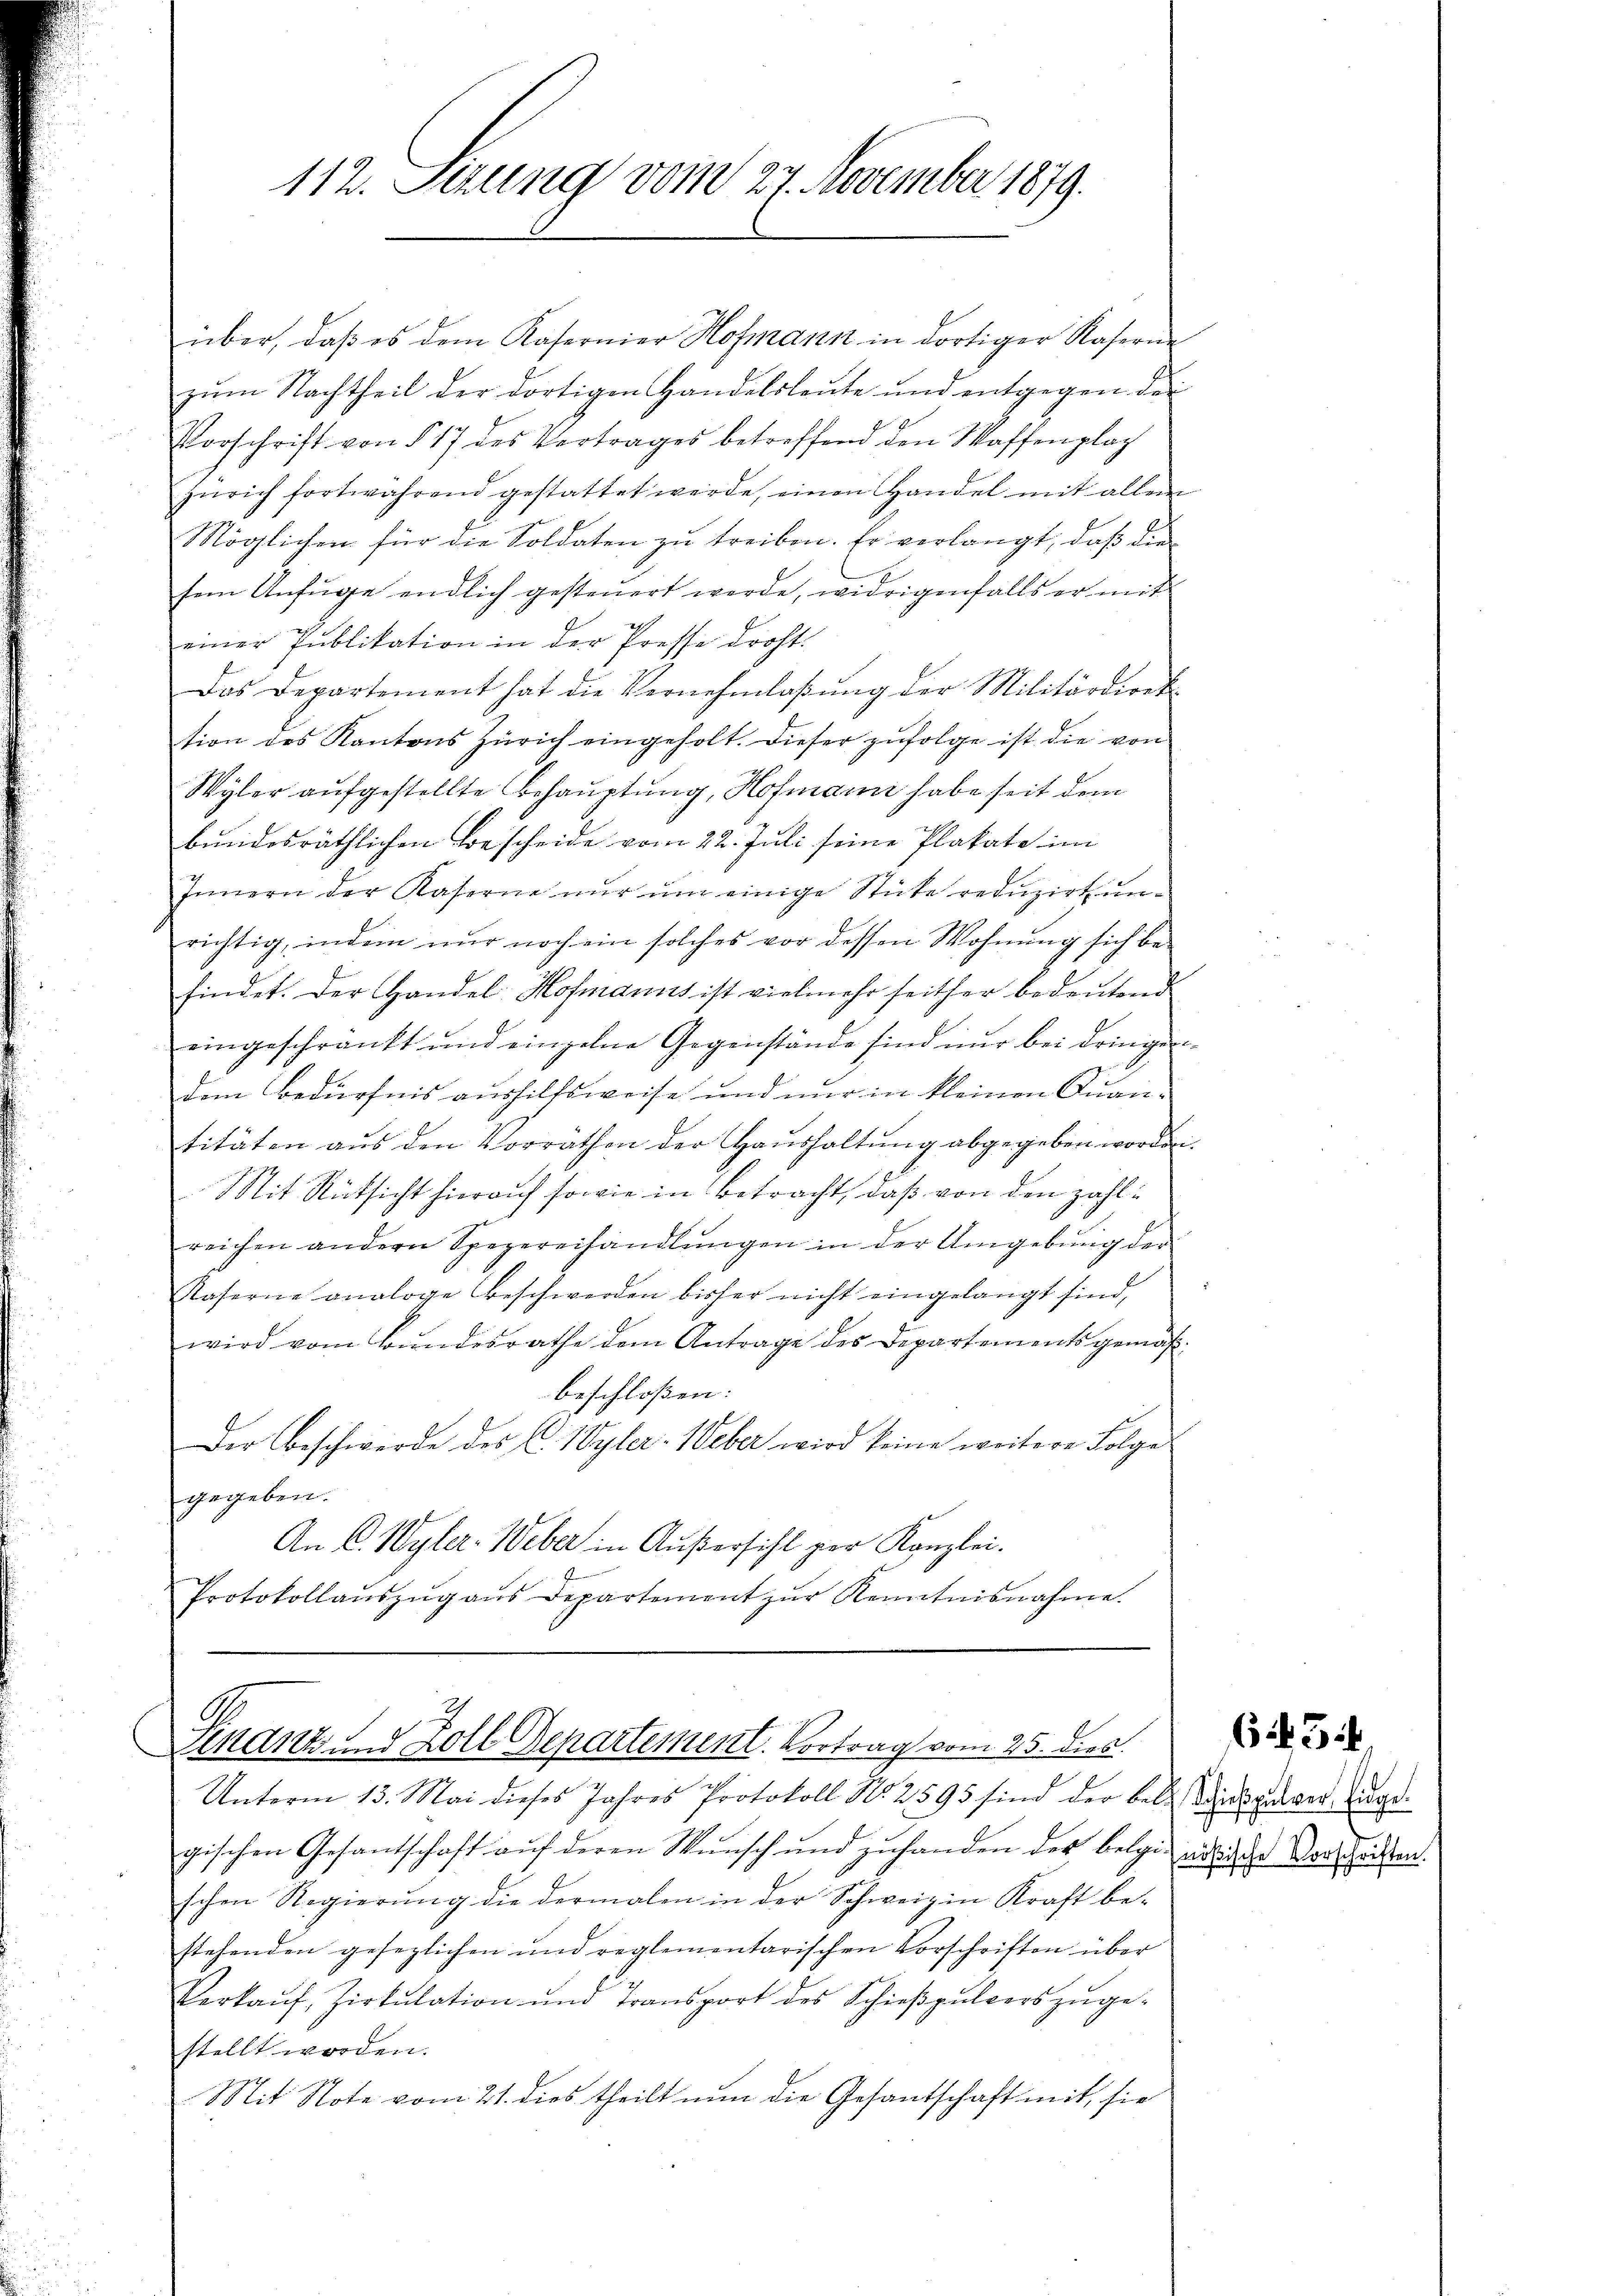
112. Sizung vom 27. November 1879.

über, daβ es dem Kaserner Hofmann in dortiger Kaserne
zŭm Nachtheil der dortigen Handelsleute und entgegen der
Vorschrift von § 17 des Vertrages betreffend den Waffenplaz
Zürich fortwährend gestattet werde, einen Handel mit allem
Möglichen für die Soldaten zŭ treiben. Er verlangt, daß die
sem Anfüge endlich gesteŭert werde, widrigenfalls er mit
einer Publikation in der Presse droht.
Das Departement hat die Vernehmlassung der Militärdiret
sion des Kantons Zürich eingeholt. Dieser zŭfolge ist die von
Wyler aufgestellte Behauptung, Hofmanni habe seit dem
bundesräthlichen Bescheide vom 22. Juli seine Plakate im
Innern der Kaserne nŭr ŭm einige Stücke redŭzirt ŭn-
richtig, indem nur noch ein solches vor dessen Wohnung sich be-
findet. Der Handel Hofmanns ist vielmehr seither bedeutend
eingeschränkt und einzelne Gegenstände sind nur bei dringen-
dem Bedürfnis aushilfsweise und nur in kleinen Quan-
titäten aus den Vorräthen der Haushaltung abgegeben worden.
Mit Rücksicht hierauf sowie in Betracht, daß von den zahlreichen andern Spezereihandlŭngen in der Umgebŭng der
Kaserne analoge Beschwerden bisher nicht eingelangt sind,
wird vom Bundesrathe dem Antrage des Departements gemäßbeschloßen:
Der Beschwerde des C. Wyler-Weber wird keine weitere Folge
gegeben.
An C. Wyler. Weber in Außersicht vor Kanzlei.
Protokollaŭszŭg aŭs Departement zŭr Kenntnisnahme.

Sinanz und Zoll Departement. Vortrag vom 25. dies

Unterm 13. Mai dieses Jahres Protokoll No 2595 sind der bele Wieckpulver zugegischen Gesantschaft aŭf deren Wunsch und zuhanden des belgie eidliche Vorschriften.
schen Regierŭng die dermalen in der Schweiz in Kraft be-
stehenden gesezlichen und reglementarischen Vorschriften über
Verkaŭf, Zirkŭlation und Transport des Schieβpulvers zŭge-
stellt worden.
Mit Note vom 21. dies theilt nun die Gesantschaft mit, sie

623 f.